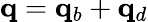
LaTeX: \mathbf q=\mathbf q_{b}+\mathbf q_{d}